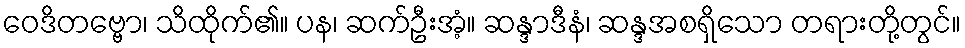
ဝေဒိတဗ္ဗော၊ သိထိုက်၏။ ပန၊ ဆက်ဦးအံ့။ ဆန္ဒာဒီနံ၊ ဆန္ဒအစရှိသော တရားတို့တွင်။